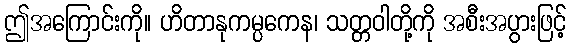
ဤအကြောင်းကို။ ဟိတာနုကမ္ပကေန၊ သတ္တဝါတို့ကို အစီးအပွားဖြင့်